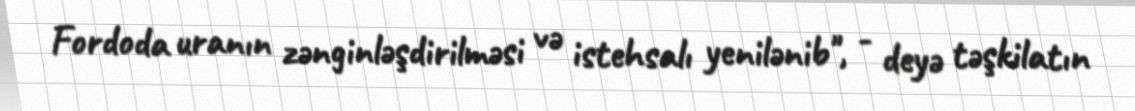
Fordoda uranın zənginləşdirilməsi və istehsalı yenilənib", - deyə təşkilatın